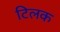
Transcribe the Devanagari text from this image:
टिलक